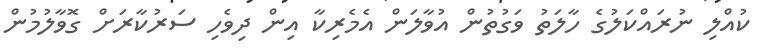
ކުއްލި ނުރައްކަލުގެ ހާލަތު ވަގުތުން އުވާލަން އެމެރިކާ އިން ދިވެހި ސަރުކާރަށް ގޮވާލުމުން